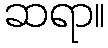
ဆရာ။